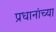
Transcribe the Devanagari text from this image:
प्रधानांच्या